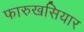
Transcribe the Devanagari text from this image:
फारुखसियार